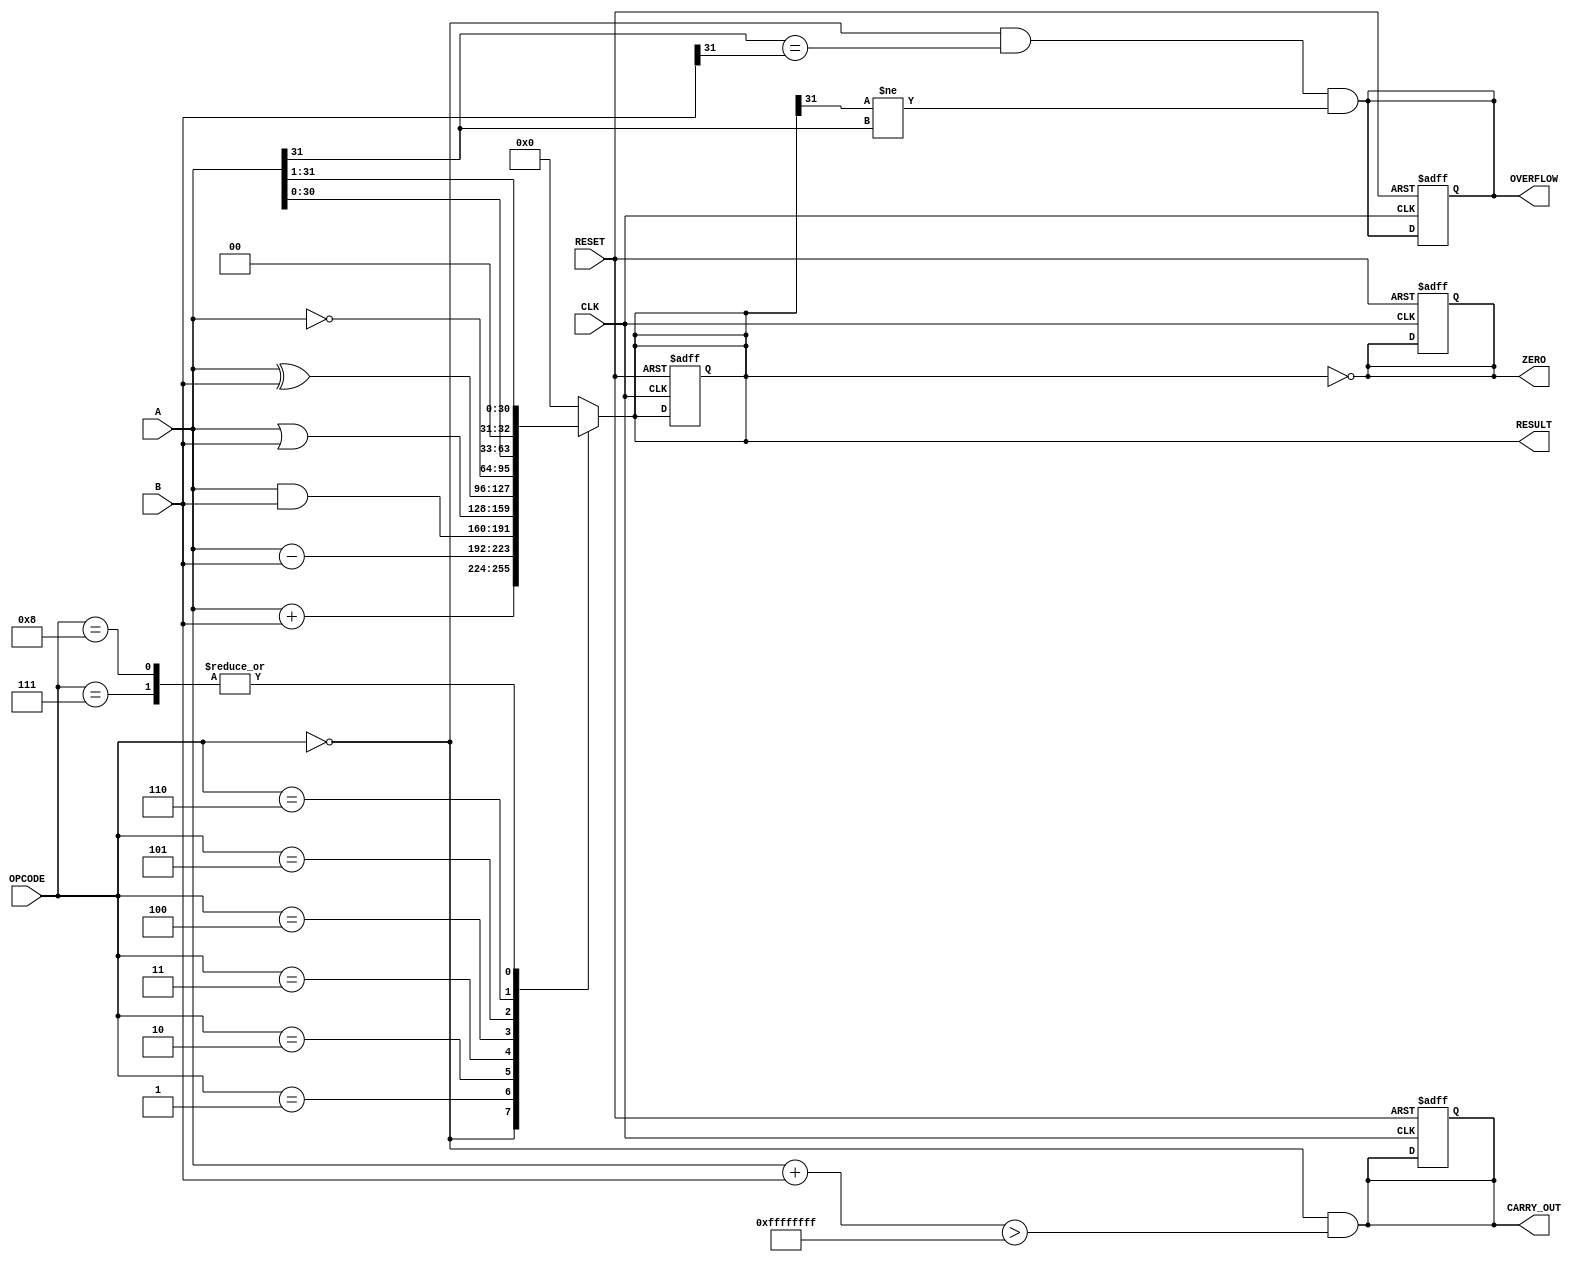
module ParameterizedALU #(
    parameter DATA_WIDTH = 32
)(
    input  wire [DATA_WIDTH-1:0] A,        // First operand
    input  wire [DATA_WIDTH-1:0] B,        // Second operand
    input  wire [3:0] OPCODE,               // Operation code
    input  wire CLK,                        // Clock signal
    input  wire RESET,                      // Asynchronous reset
    output reg [DATA_WIDTH-1:0] RESULT,    // Result of the operation
    output reg ZERO,                        // Zero flag
    output reg OVERFLOW,                    // Overflow flag
    output reg CARRY_OUT                    // Carry out flag
);

    // Internal signals for operations
    wire [DATA_WIDTH-1:0] ADD_RESULT;
    wire [DATA_WIDTH-1:0] SUB_RESULT;
    wire [DATA_WIDTH-1:0] AND_RESULT;
    wire [DATA_WIDTH-1:0] OR_RESULT;
    wire [DATA_WIDTH-1:0] XOR_RESULT;
    wire [DATA_WIDTH-1:0] NOT_RESULT;
    wire [DATA_WIDTH-1:0] SHL_RESULT;
    wire [DATA_WIDTH-1:0] SHR_RESULT;
    wire [DATA_WIDTH-1:0] ASHR_RESULT;
    
    // Arithmetic operations
    assign ADD_RESULT = A + B;
    assign SUB_RESULT = A - B;
    assign AND_RESULT = A & B;
    assign OR_RESULT  = A | B;
    assign XOR_RESULT  = A ^ B;
    assign NOT_RESULT  = ~A;
    assign SHL_RESULT  = A << 1; // Logical Shift Left
    assign SHR_RESULT  = A >> 1; // Logical Shift Right
    assign ASHR_RESULT = A >>> 1; // Arithmetic Shift Right

    // Combinational logic to determine RESULT based on OPCODE
    always @(*) begin
        case (OPCODE)
            4'b0000: RESULT = ADD_RESULT;       // Addition
            4'b0001: RESULT = SUB_RESULT;       // Subtraction
            4'b0010: RESULT = AND_RESULT;       // AND
            4'b0011: RESULT = OR_RESULT;        // OR
            4'b0100: RESULT = XOR_RESULT;       // XOR
            4'b0101: RESULT = NOT_RESULT;       // NOT
            4'b0110: RESULT = SHL_RESULT;       // Logical Shift Left
            4'b0111: RESULT = SHR_RESULT;       // Logical Shift Right
            4'b1000: RESULT = ASHR_RESULT;      // Arithmetic Shift Right
            default: RESULT = {DATA_WIDTH{1'b0}}; // Default case
        endcase
    end

    // Flags logic
    always @(*) begin
        ZERO = (RESULT == 0);
        OVERFLOW = (OPCODE == 4'b0000 && (A[DATA_WIDTH-1] == B[DATA_WIDTH-1]) && (RESULT[DATA_WIDTH-1] != A[DATA_WIDTH-1])); // Overflow for addition
        CARRY_OUT = (OPCODE == 4'b0000 && (A + B) > {1'b0, {DATA_WIDTH{1'b1}}}); // Carry out for addition
    end

    // Synchronous operation with reset
    always @(posedge CLK or posedge RESET) begin
        if (RESET) begin
            RESULT <= {DATA_WIDTH{1'b0}};
            ZERO <= 1'b0;
            OVERFLOW <= 1'b0;
            CARRY_OUT <= 1'b0;
        end else begin
            // The outputs are already updated in combinational logic
        end
    end

endmodule